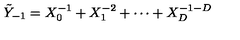
\tilde { Y } _ { - 1 } = X _ { 0 } ^ { - 1 } + X _ { 1 } ^ { - 2 } + \cdots + X _ { D } ^ { - 1 - D }